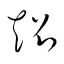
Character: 超